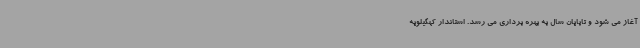
آغاز می شود و تاپایان سال به بهره برداری می رسد. استاندار کهگیلویه